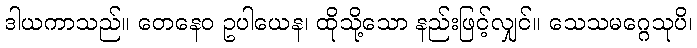
ဒါယကာသည်။ တေနေဝ ဥပါယေန၊ ထိုသို့သော နည်းဖြင့်လျှင်။ သေသမဂ္ဂေသုပိ၊